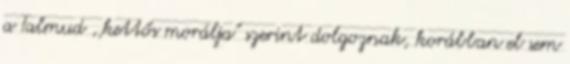
a Talmud ,,kettős morálja" szerint dolgoznak, korábban el sem